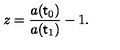
z = \frac { a ( { \sf t } _ { 0 } ) } { a ( { \sf t } _ { 1 } ) } - 1 .